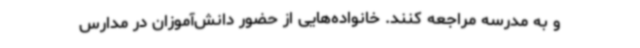
و به مدرسه مراجعه کنند. خانواده‌هایی از حضور دانش‌آموزان در مدارس